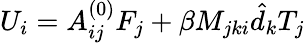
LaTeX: U_{i}=A_{ij}^{(0)}F_{j}+\beta M_{jki}\hat{d}_{k}T_{j}